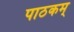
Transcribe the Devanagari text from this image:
पाठकम्